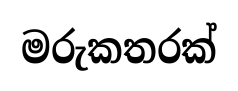
මරුකතරක්